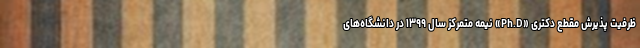
ظرفیت پذیرش مقطع دکتری «Ph.D» نیمه متمرکز سال ۱۳۹۹ در دانشگاه‌های